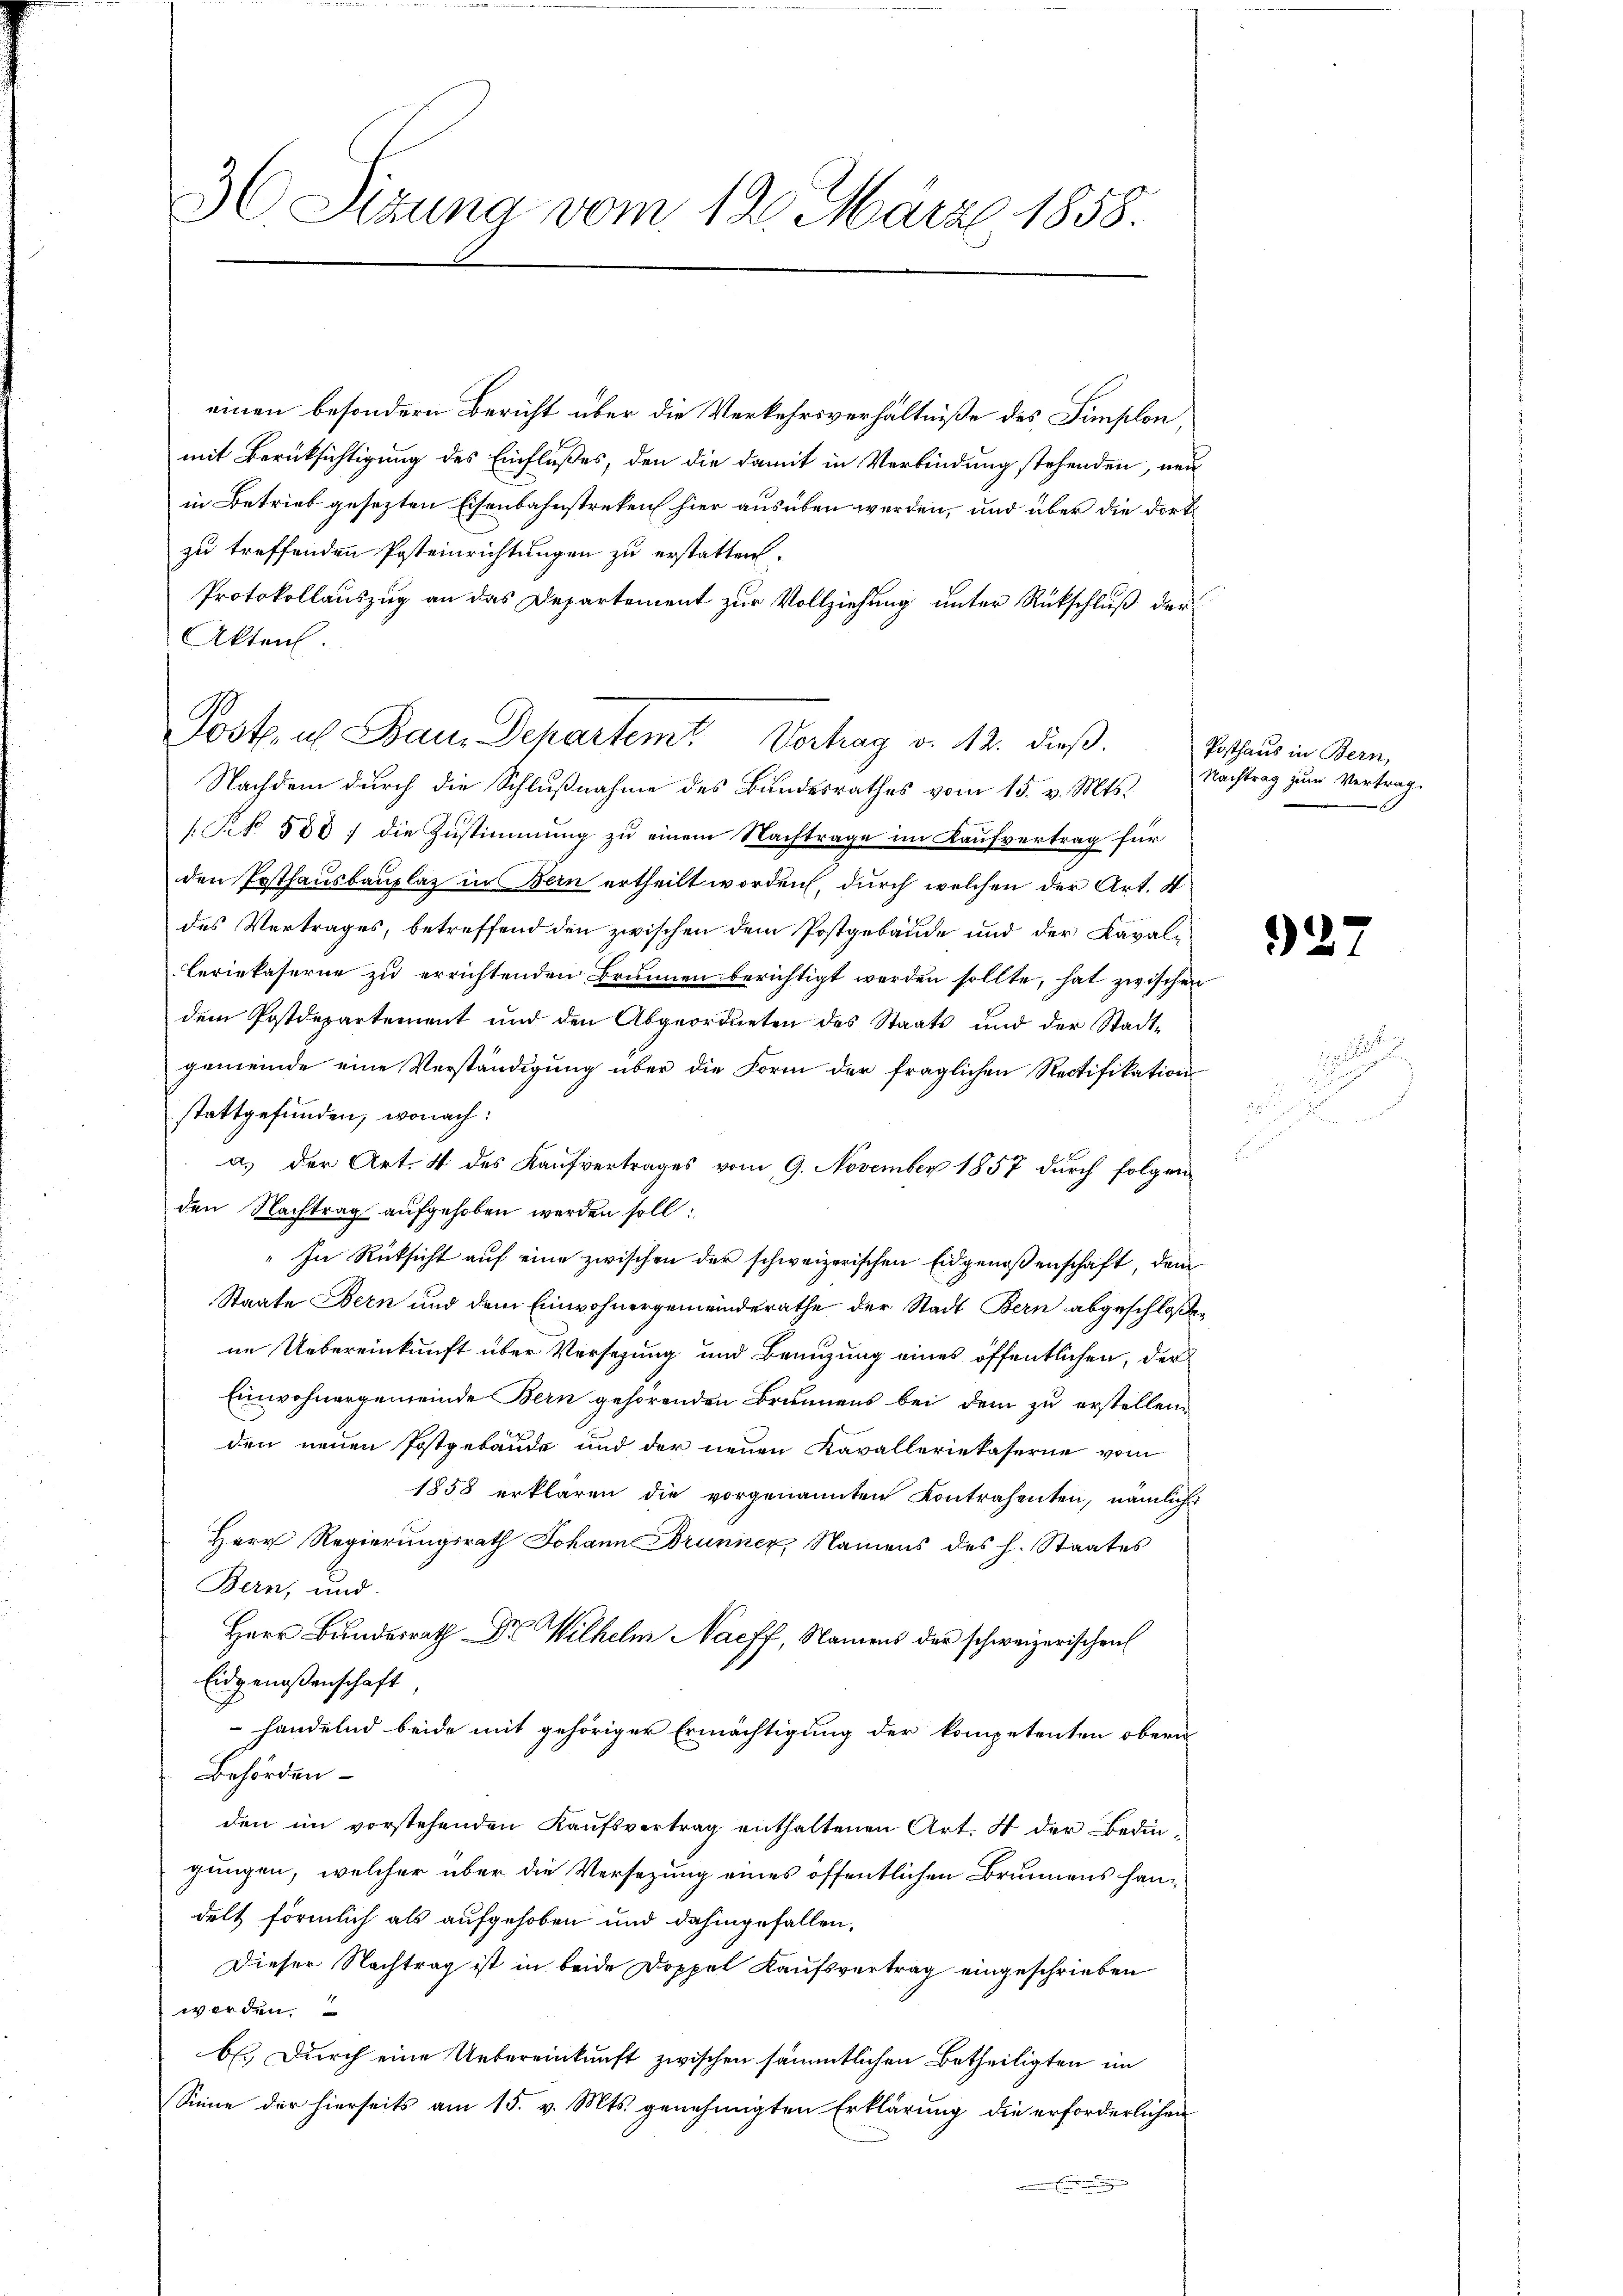
3 Sizung vom 12. März 1858.

einen besondern Bericht über die Verkehrsverhältniße des Fümplon
mit Berücksichtigung des Einflußes, den die damit in Verbindung stehenden, neu
in Betrieb gesezten Eisenbahnstreken hier ausüben werden, und aber die dort
zu treffenden Posteinrichtungen zu erstatten.
Protokollauszug an das Departement zur Vollziehung unter Rückschluß der
Akten.
Nachdem durch die Schlußnahme des Bundesrathes vom 15. v. Mts.
[NNo. 580 die Zustimmung zu einem Nachtrage im Kaufvertrag für
den Posthausbauplaz in Bern ertheilt worden, durch welchen der Art. 4
des Vertrages, betreffend den zwischen dem Postgebäude und der Kavalleriekaserne zu errichtenden Brunnen berichtigt werden sollte, hat zwischen
dem Postdepartement und den Abgeordneten des Staats und der Stadt-
gemeinde eine Verständigung über die Form der fraglichen Rectifikation
stattgefunden, wonach:
a.) der Art. 4 des Kaufvertrages vom 9. November 1857 durch folgenden Nachtrag aufgehoben werden soll;
" In Rüksicht auf eine zwischen der schweizerischen Eidgenoßenschaft, dem
Staate Bern und dem Einwohnergemeinderathe der Stadt Bern abgeschloßen
ne Uebereinkunft über Versezung und Benuzung eines öffentlichen, der
Einwohnergemeinde Bern gehörenden Brunnens bei dem zu erstellen
den neuen Postgebäude und der neuen Kavalleriekaserne vom
1858 erklären die vorgenannten Kontrahenten, nämliche
Herr Regierungsrath Johann Brunner, Namens des h. Staates
Bern, und
Herr Bundesrath Dr Wilhelm Nacff, Namens der schweizerischen
Eidgenoßenschaft
 handelnd beide mit gehöriger Ermächtigung der kompetenten obern
Behörden
den im vorstehenden Kaufsvertrag enthaltenen Art. 4 der Bedingungen, welcher über die Versezung eines öffentlichen Brunnens handelt förmlich als aufgehoben und dahingefallen,
Dieser Nachtrag ist in beide Doppel Kaufsvertrag eingeschrieben
werden.
b. Durch eine Uebereinkunft zwischen sämmtlichen Betheiligten im
Sinne der hierseits am 15. v. Mts. genehmigten Erklärung die erforderlichen

Post u Bau, Departem Verhag v. 12. dieß

Posthaus in Bern,
Nachtrag zum Vertrag.

927